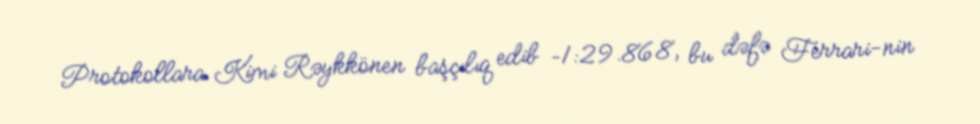
Protokollara Kimi Rəykkönen başçılıq edib –1:29.868, bu dəfə Ferrari-nin